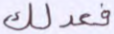
فعدلك